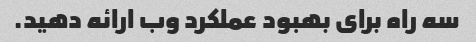
سه راه برای بهبود عملکرد وب ارائه دهید.